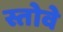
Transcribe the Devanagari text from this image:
स्तोवे